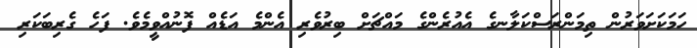
ހަމަކަށަވަރުން ތިމަންރަސްކަލާނގެ އެއުރެންގެ މައްޗަށް ބިރުވެރި އެންމެ އަޑެއް ފޮނުއްވީމެވެ. ފަހެ ގެރިބަކަރި